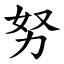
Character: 努